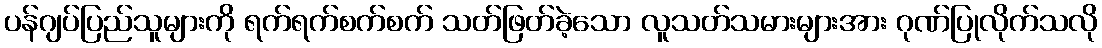
ပန်ဂျပ်ပြည်သူများကို ရက်ရက်စက်စက် သတ်ဖြတ်ခဲ့သော လူသတ်သမားများအား ဂုဏ်ပြုလိုက်သလို